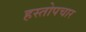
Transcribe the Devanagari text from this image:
हस्तोपचार